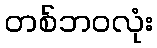
တစ်ဘဝလုံး